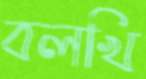
বলখি